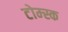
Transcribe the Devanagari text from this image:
टोम्स्क